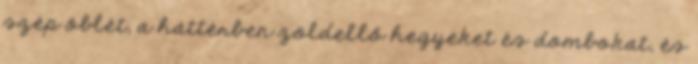
szép öblét, a háttérben zöldellő hegyeket és dombokat, és